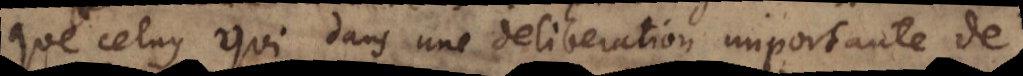
que celuy qui dans une deliberation importante de